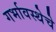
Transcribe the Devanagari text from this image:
गर्भावस्थेचे